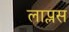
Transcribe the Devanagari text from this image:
लाप्लस